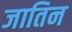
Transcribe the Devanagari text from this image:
जातिन